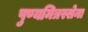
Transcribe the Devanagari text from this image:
पुण्यमित्रस्सेना